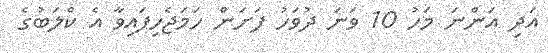
އަދި އަންނަ މަހު 10 ވަނަ ދުވަހު ފަށަން ހަމަޖެހިފައިވާ އެ ކްލަބުގެ